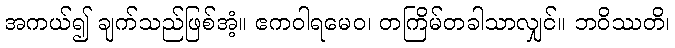
အကယ်၍ ချက်သည်ဖြစ်အံ့။ ဧကဝါရမေဝ၊ တကြိမ်တခါသာလျှင်။ ဘဝိဿတိ၊